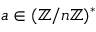
a \in ( \mathbb { Z } / n \mathbb { Z } ) ^ { * }